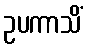
ဥပကာသိံ